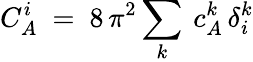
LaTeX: C_{A}^{i}\ =\ 8\, \pi^{2}\sum_{k}\: c_{A}^{k}\, \delta_{i}^{k}